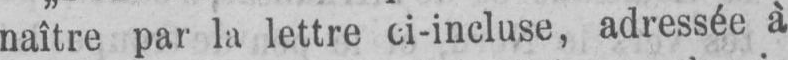
naître par la lettre ci-incluse, adressée à